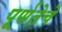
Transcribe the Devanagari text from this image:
पूर्णतेचे